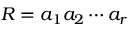
R = a _ { 1 } a _ { 2 } \cdots a _ { r }